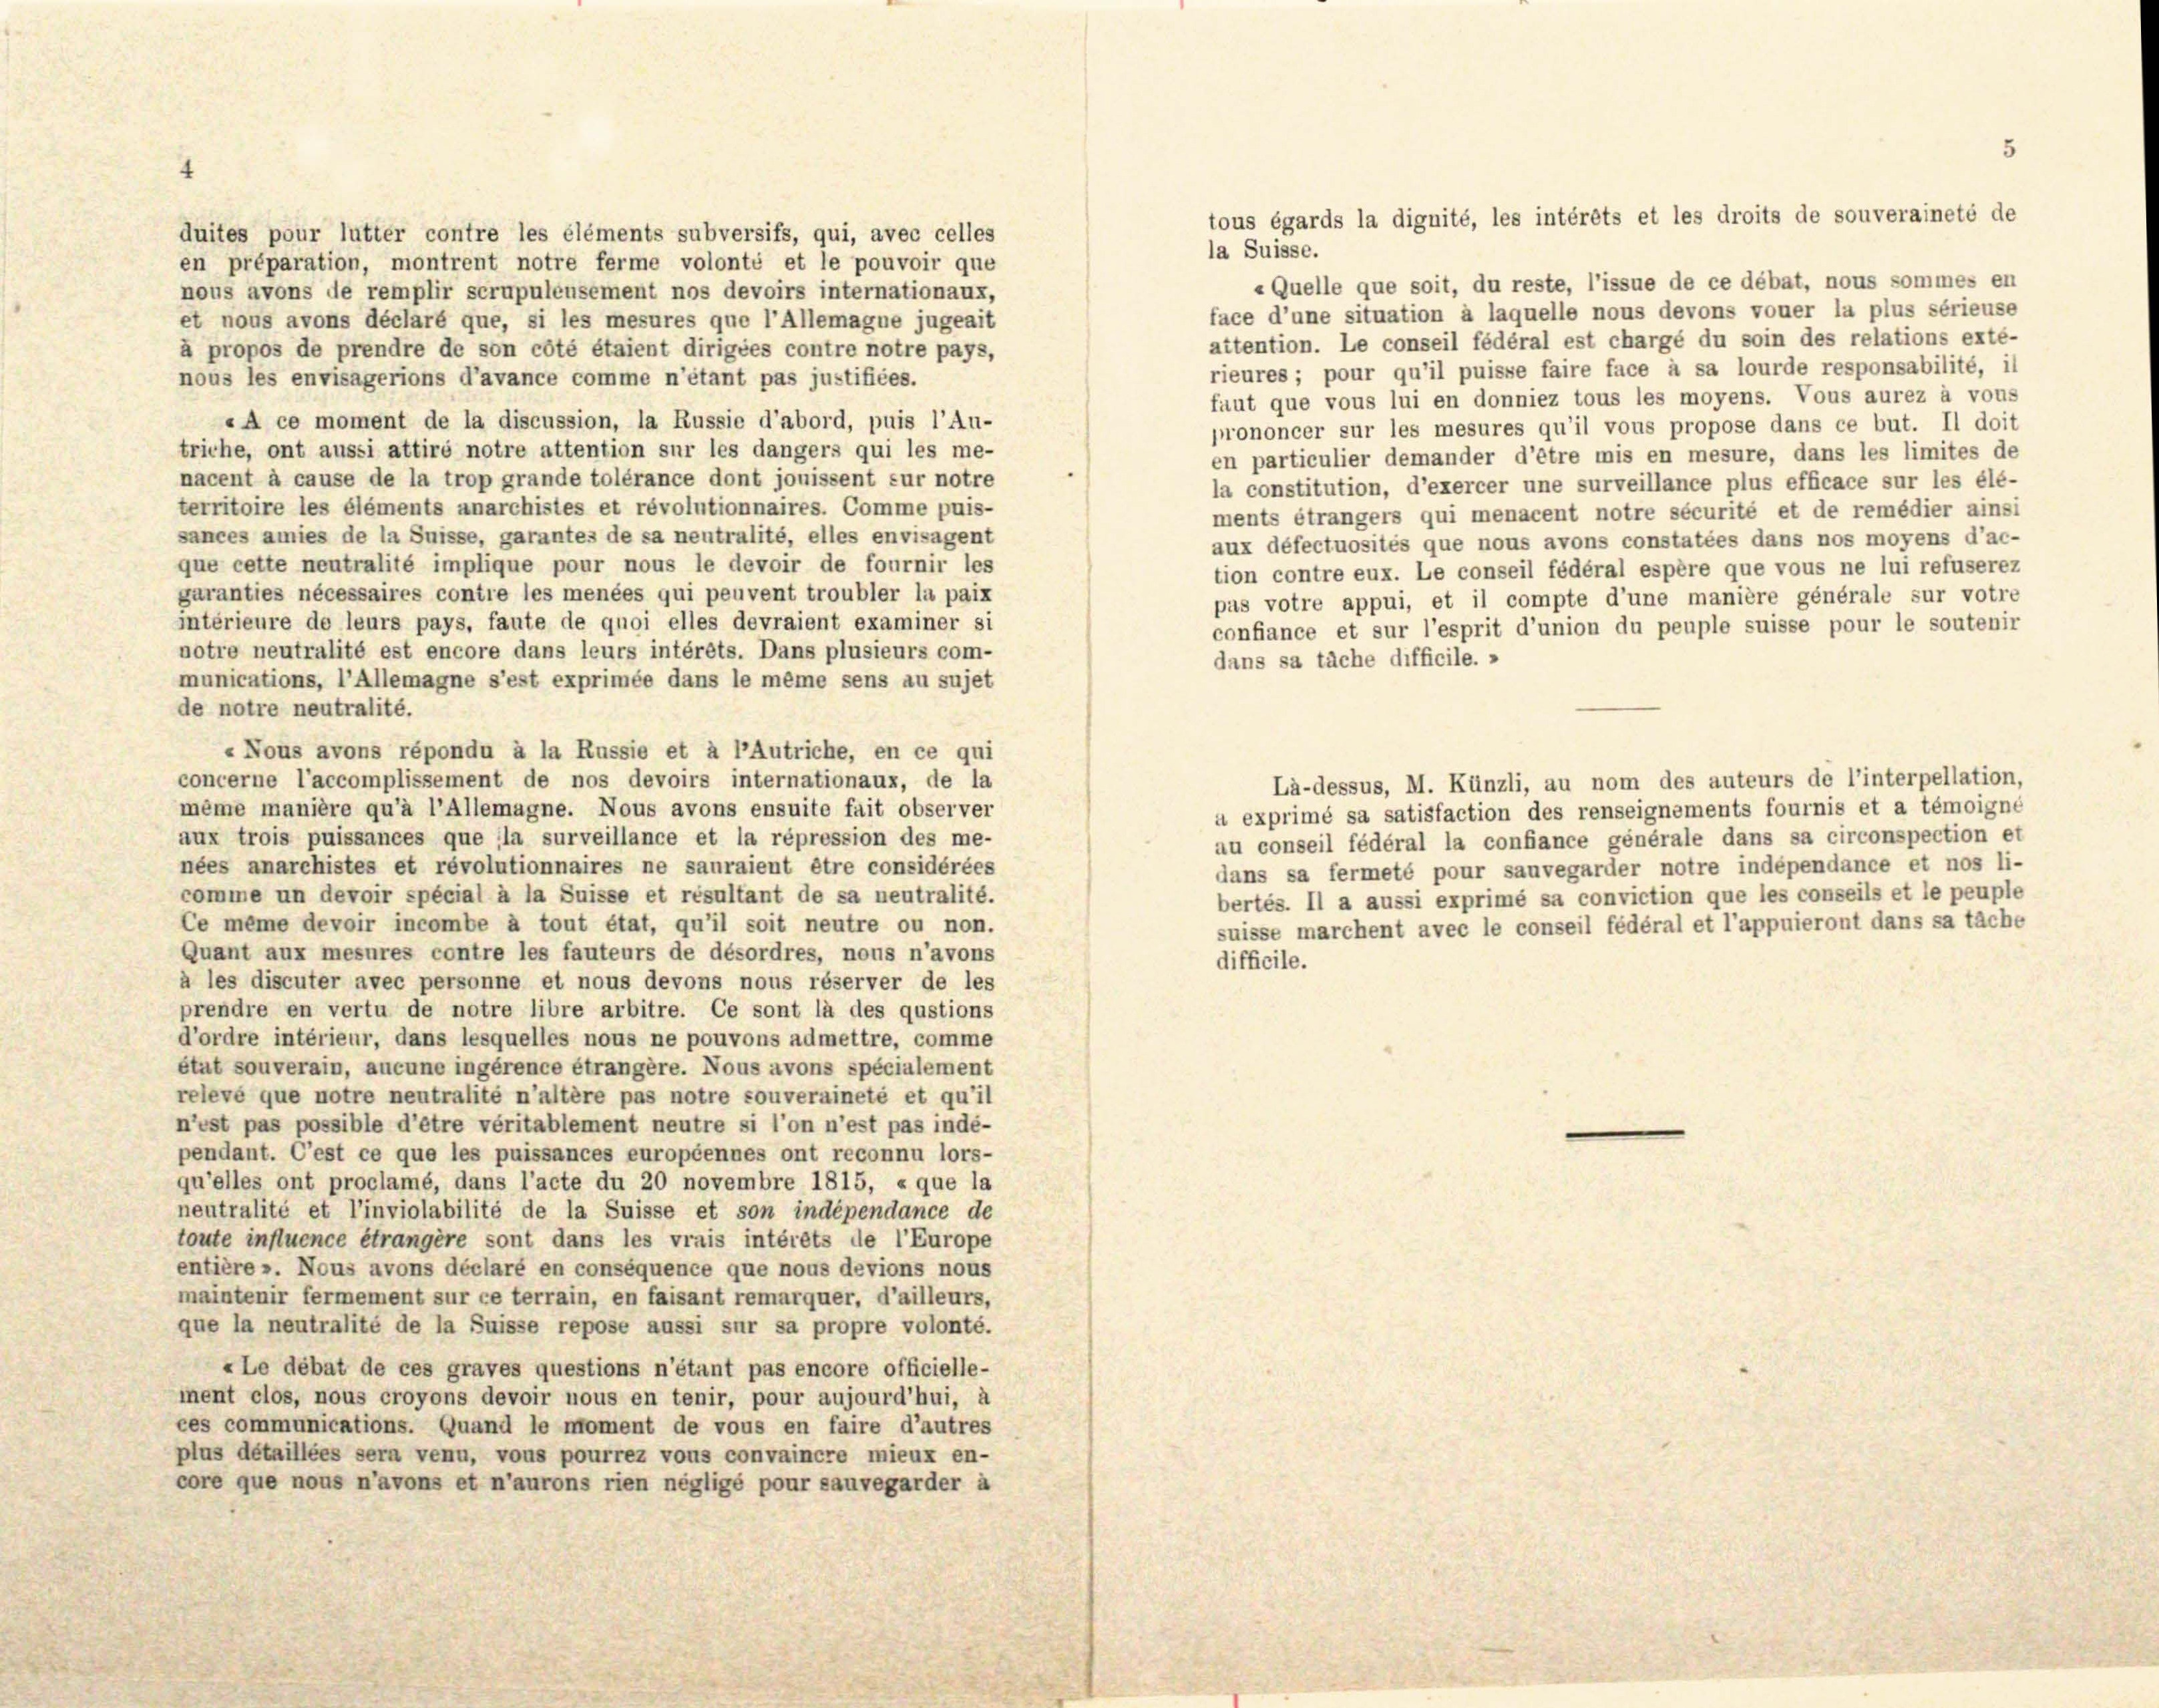
tous égards la dignité, les intérêts et les droits de souveraineté de

duites pour lutter contre les éléments subversifs, qui, avec celles
la Suisse.
en préparation, montrent notre ferme volonté et le pouvoir que
« Quelle que soit, du reste, l’issue de ce débat, nous sommes en
nous avons de remplir scrupuleusement nos devoirs internationaux,
face d’une situation à laquelle nous devons vouer la plus sérieuse
et nous avons déclaré que, si les mesures que l’Allemagne jugeait
attention. Le conseil fédéral est chargé du soin des relations exté-
à propos de prendre de son côté étaient dirigées contre notre pays,
rieures ; pour qu’il puisse faire face à sa lourde responsabilité, il
nous les envisagerions d’avance comme n’étant pas justifices.
faut que vous lui en donniez tous les moyens. Vous aurez à vous
«A ce moment de la discussion, la Russie d’abord, puis l’Au-
prononcer sur les mesures qu’il vous propose dans ce but. Il doit
triche, ont aussi attire notre attention sur les dangers qui les me-
en particulier demander d’être mis en mesure, dans les limites de
nacent à cause de la trop grande tolérance dont jouissent sur notre
la constitution, d’exercer une surveillance plus efficace sur les élé-
territoire les éléments anarchistes et révolutionnaires. Comme puis-
ments étrangers qui menacent notre sécurité et de remédier ainsi
sances amies de la Suisse, garantes de sa neutralité, elles envisagent
aux défectuosités que nous avons constatées dans nos moyens d’ac-
que cette neutralité implique pour nous le devoir de fournir les
tion contre eux. Le conseil fédéral espère que vous ne lui refuserez
garanties nécessaires contie les menées qui peuvent troubler la paix
pas votre appui, et il compte d’une manière générale sur votre
intérieure de leurs pays, faute de quoi elles devraient examiner si
confiance et sur l’esprit d’union du peuple suisse pour le soutenir
notre neutralité est encore dans leurs intérêts. Dans plusieurs com-
dans sa täche difficile. »
munications, l’ Allemagne s’est exprimée dans le même sens au sujet
de notre neutralité.
« Nous avons répondu à la Russie et à l’Autriche, en ce qui
concerne l’accomplissement de nos devoirs internationaux, de la
Là-dessus, M. Künzli, au nom des auteurs de l’interpellation,
même manière qu’à l’Allemagne. Nous avons ensuite fait observer
à exprimé sa satisfaction des renseignements fournis et a témoigné
aux trois puissances que (la surveillance et la répression des me-
au conseil fédéral la confiance générale dans sa circonspection et
nées anarchistes et révolutionnaires ne sauraient être considérées
dans sa fermeté pour sauvegarder notre indépendance et nos li-
comme un devoir spécial à la Suisse et résultant de sa neutralité.
bertés. Il a aussi exprimé sa conviction que les conseils et le peuple
Ce même devoir incombe à tout état, qu’il soit neutre ou non.
suisse marchent avec le conseil fédéral et l’appuieront dans sa tache
Quant aux mesures contre les fauteurs de désordres, nons n’avons
difficile.
a les discuter avec personne et nous devons nous réserver de les
prendre en vertu de notre libre arbitre. Ce sont la des qustions
d’ordre intérieur, dans lesquelles nous ne pouvons admettre, comme
état souverain, aucune ingérence étrangère. Nous avons spécialement
relevé que notre neutralité n’altère pas notre souveraineté et qu’il
n’est pas possible d’être véritablement neutre si l’on n’est pas indé-
pendant. C’est ce que les puissances européennes ont reconnu lors-
qu’elles ont proclamé, dans l’acte du 20 novembre 1815, « que la
neutralité et l’inviolabilité de la Suisse et son indépendance de
toute influence étrangère sont dans les vrais intérêts de l’Europe
entière ». Nous avons déclaré en conséquence que nous devions nous
maintenir fermement sur ce terrain, en faisant remarquer, d’ailleurs,
que la neutralité de la Suisse repose aussi sur sa propre volonté.
«Le débat de ces graves questions n’étant pas encore officielle-
ment clos, nous croyons devoir nous en tenir, pour aujourd’hui, à
ces communications. Quand le moment de vous en faire d’autres
plus détaillées sera venu, vons pourrez vous convaincre mieux en-
core que nous n’avons et n’aurons rien négligé pour sauvegarder à